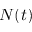
N ( t )